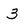
Character: 3